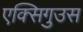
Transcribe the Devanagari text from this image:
एक्सिगुउस